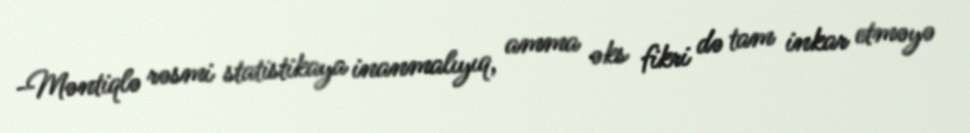
-Məntiqlə rəsmi statistikaya inanmalıyıq, amma əks fikri də tam inkar etməyə